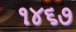
૧૪૬૭